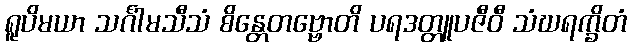
ရူပိမယာ သင်္ဂါမသီသံ စိန္တေတဗ္ဗောတိ ပရဒတ္တူပဇီဝီ သံဃရက္ခိတံ